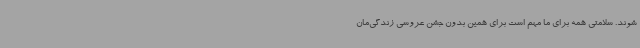
شوند. سلامتی همه برای ما مهم است برای همین بدون جشن عروسی زندگی‌مان